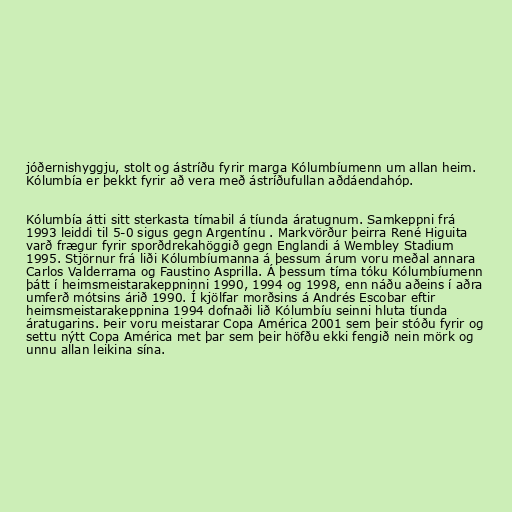
jóðernishyggju, stolt og ástríðu fyrir marga Kólumbíumenn um allan heim.
Kólumbía er þekkt fyrir að vera með ástríðufullan aðdáendahóp.

Kólumbía átti sitt sterkasta tímabil á tíunda áratugnum. Samkeppni frá
1993 leiddi til 5-0 sigus gegn Argentínu . Markvörður þeirra René Higuita
varð frægur fyrir sporðdrekahöggið gegn Englandi á Wembley Stadium
1995. Stjörnur frá liði Kólumbíumanna á þessum árum voru meðal annara
Carlos Valderrama og Faustino Asprilla. Á þessum tíma tóku Kólumbíumenn
þátt í heimsmeistarakeppninni 1990, 1994 og 1998, enn náðu aðeins í aðra
umferð mótsins árið 1990. Í kjölfar morðsins á Andrés Escobar eftir
heimsmeistarakeppnina 1994 dofnaði lið Kólumbíu seinni hluta tíunda
áratugarins. Þeir voru meistarar Copa América 2001 sem þeir stóðu fyrir og
settu nýtt Copa América met þar sem þeir höfðu ekki fengið nein mörk og
unnu allan leikina sína.